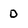
Character: D